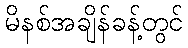
မိနစ်အချိန်ခန့်တွင်